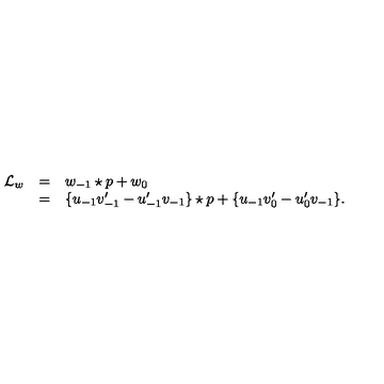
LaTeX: \begin{array} { l c l } { { \mathcal L } _ { w } } & { = } & { w _ { - 1 } \star p + w _ { 0 } } \\ { } & { = } & { \{ u _ { - 1 } v _ { - 1 } ^ { \prime } - u _ { - 1 } ^ { \prime } v _ { - 1 } \} \star p + \{ u _ { - 1 } v _ { 0 } ^ { \prime } - u _ { 0 } ^ { \prime } v _ { - 1 } \} . } \\ \end{array}